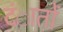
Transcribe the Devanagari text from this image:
दंातों